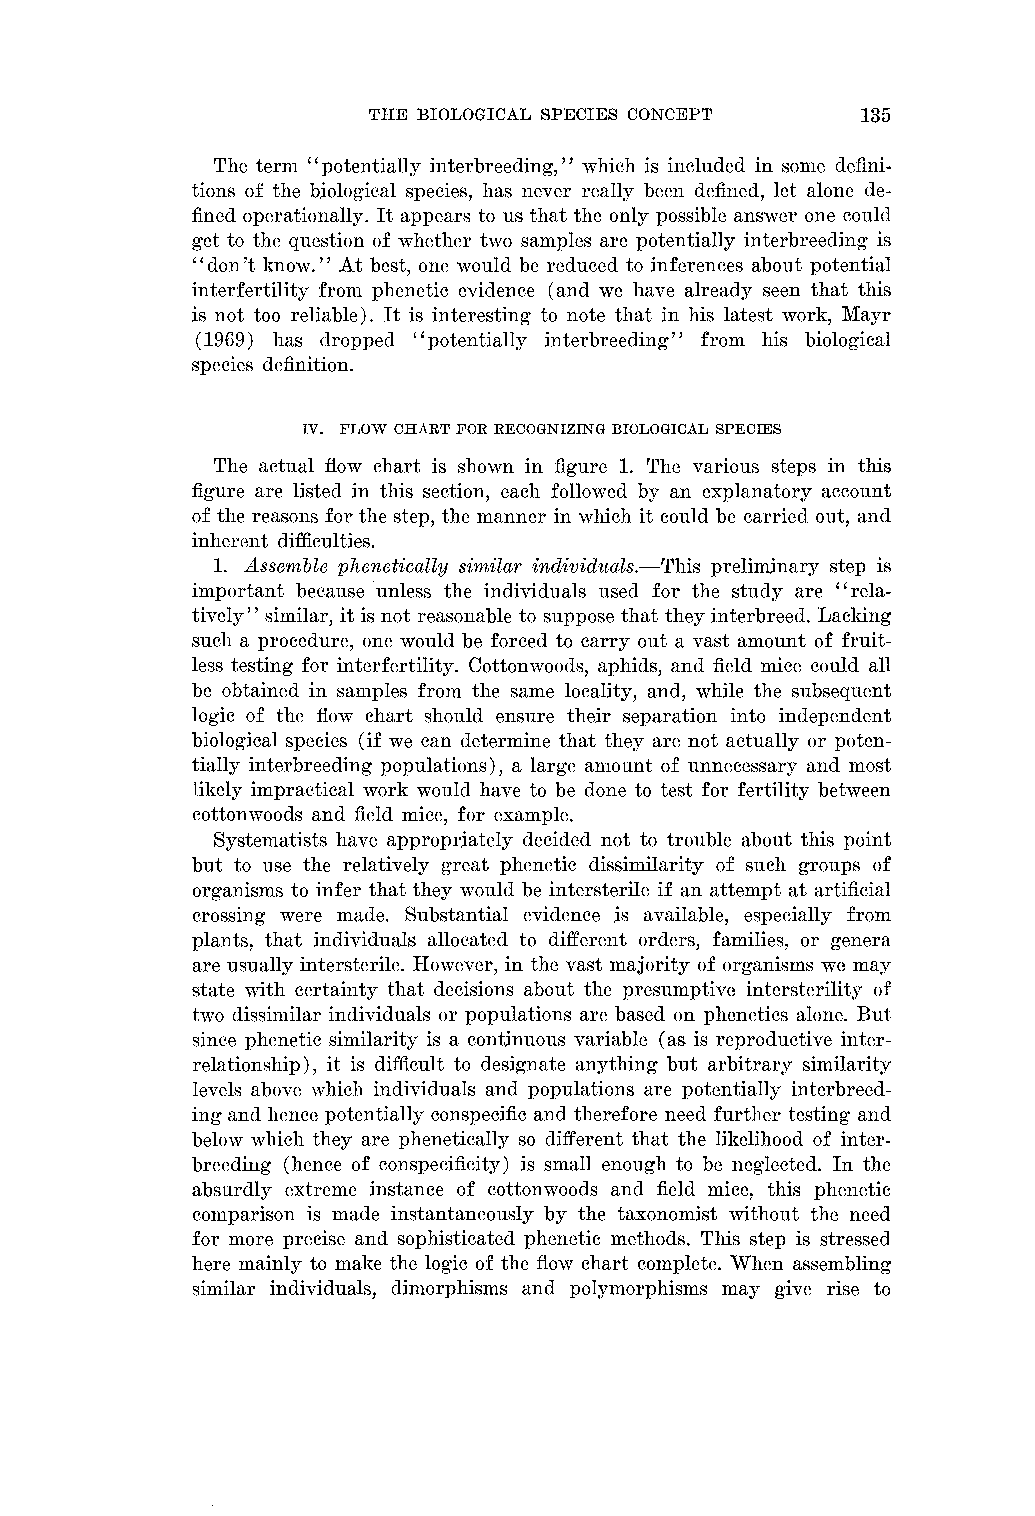
THE BIOLOGICAL SPECIES CONCEPT   135
 The term "potentially interbreeding," svhich is included in some defini-
 tions of the biological species, has never really been defined, let alone de-
 fined operationally. It appears to us that the only possible answer one could
 get to the question of whether two samples are potentially interbreeding is
 "don't lrnosv." At best, one would be reduced to inferences about potential
 interfertility from phenetic evidence (and tve have already seen that this
 is not too reliable). It is interesting to note that in his latest work, Mayr
 (1969) has dropped "potentially interbreeding" from his biological
 species definition.
 IV. FLOW CHART FOR RECOGNIZING BIOLOGICAL SPECIES
 The actual flow chart is shown in figure 1. The various steps in this
 figure are listed in this section, each follo~vedb y an explanatory account
 of the reasons for the step, the manner in svhich it could be carried out, and
 inherent difficulties.
 1. dssenzble plzenetically sinzilar i?zdividlcals.-This preliminary step is
 important because unless the individuals used for the study are "rela-
 tively" similar, it is not reasonable to suppose that they interbreed. Lacking
 such a procedure, one ~~~obue lfdor ced to carry out a vast amount of fruit-
 less testing for interfertility. Cottonxvoods, aphids, and field mice could all
 be obtained in samples from the same locality, and, while the subsequent
 logic of the flow chart should ensure their separation into independent
 biological species (if we can determine that they are not actually or poten-
 tially interbreeding populations), a large amount of unnecessary and most
 likely impractical work would have to be done to test for fertility between
 cotton~voodsa nd field mice, for example.
 Systematists have appropriately decided not to trouble about this point
 but to use the relatively great phenetic dissimilarity of such groups of
 organisms to infer that they would be intersterile if an attempt at artificial
 crossing were made. Substantial evidence is available, especially from
 plants, that individuals allocated to different orders, families, or genera
 are usually intersterile. However, in the vast majority of organisms me may
 state with certainty that decisions about the presumptive intersterility of
 two dissimilar individuals or populations are based on phenetics alone. But
 since phenetic similarity is a continuous variable (as is reproductive inter-
 relationship), it is difficult to designate anything but arbitrary similarity
 levels above which individuals and populations are potentially interbreed-
 ing and hence potentially conspecific and therefore need further testing and
 below which they are phenetically so different that the likelihood of inter-
 breeding (hence of conspecificity) is small enough to be neglected. In the
 absurdly extreme instance of cotton~~,oodasnd field mice, this phenetic
 conlparison is made instantaneously by the taxonomist without the need
 for more precise and sophisticated phenetic methods. This step is stressed
 here mainly to llialre the logic of the flow chart complete. When assembling
 similar individuals, dimorphisms and polymorphisms may give rise to